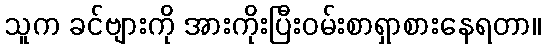
သူက ခင်ဗျားကို အားကိုးပြီးဝမ်းစာရှာစားနေရတာ။